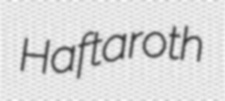
Haftaroth